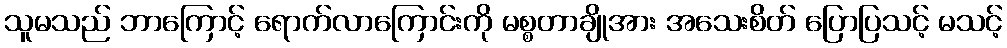
သူမသည် ဘာကြောင့် ရောက်လာကြောင်းကို မစ္စတာချိုအား အသေးစိတ် ပြောပြသင့် မသင့်